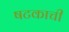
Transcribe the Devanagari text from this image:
षटकाची